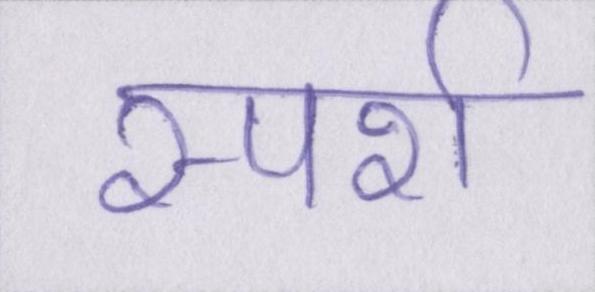
स्पर्श